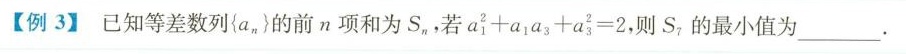
[例3】已知等差数列{a_{n}的前n项和为S_{n}，若a_{1}^2+a_{1}a_{3}+a^2_{3}=2，则S_{7}的最小值为___。